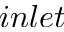
i n l e t